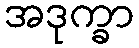
အဒုက္ခာ